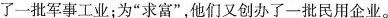
了一批军事工业；为”求富”，他们又创办了一批民用企业。